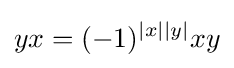
yx=(-1)^{|x||y|}xy